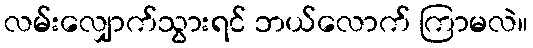
လမ်းလျှောက်သွားရင် ဘယ်လောက် ကြာမလဲ။